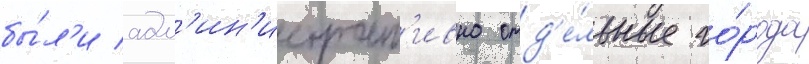
бы́л'и адм'ин'истрат'ивно отд'е́льные го́рода